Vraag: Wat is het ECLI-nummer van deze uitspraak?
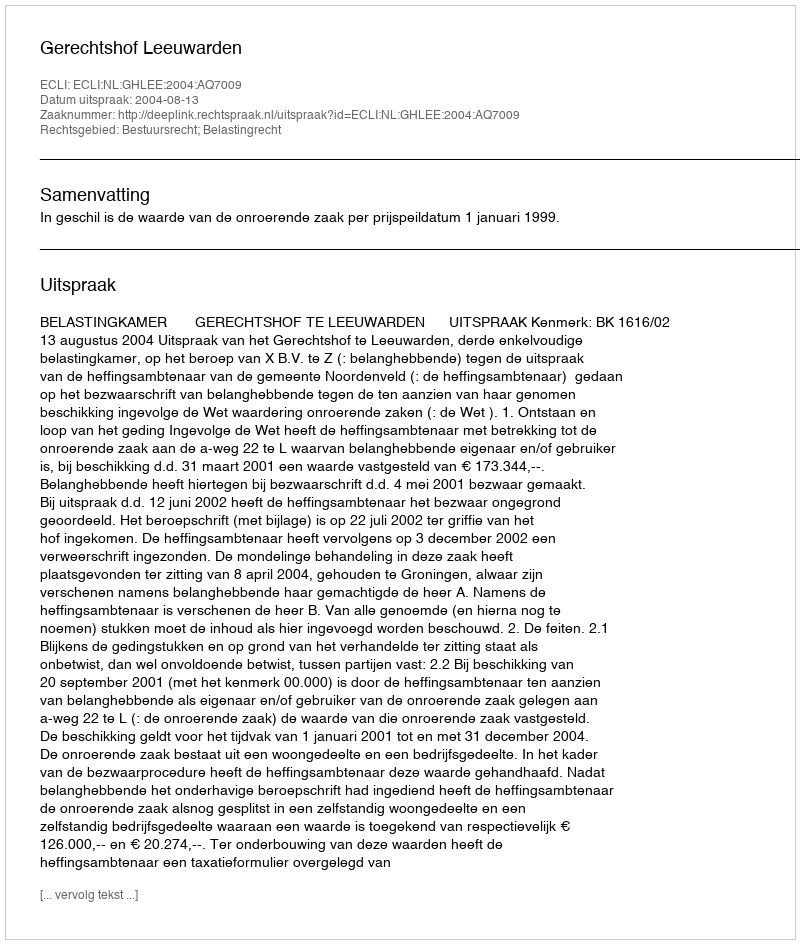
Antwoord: ECLI:NL:GHLEE:2004:AQ7009